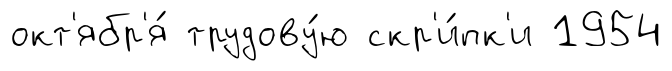
окт'ябр'я́ трудову́ю скр'и́пк'и 1954